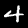
Digit: 4